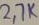
Text: 27K